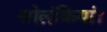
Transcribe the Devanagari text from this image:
सोलंकियां।